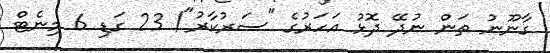
ގާނޫނު ތަން ނުދޭ ދޮޅު އަހަރުގެ "ސަރުކާރު"! 23 ގަޑި 6 މިނެޓް